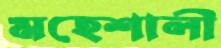
মহেশালী